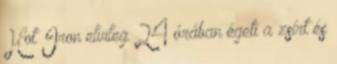
Hot Iron elvileg 24 órában égeti a zsírt és